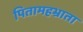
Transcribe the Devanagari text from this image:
पितामहभ्राता